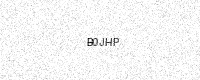
Text: B0JHP